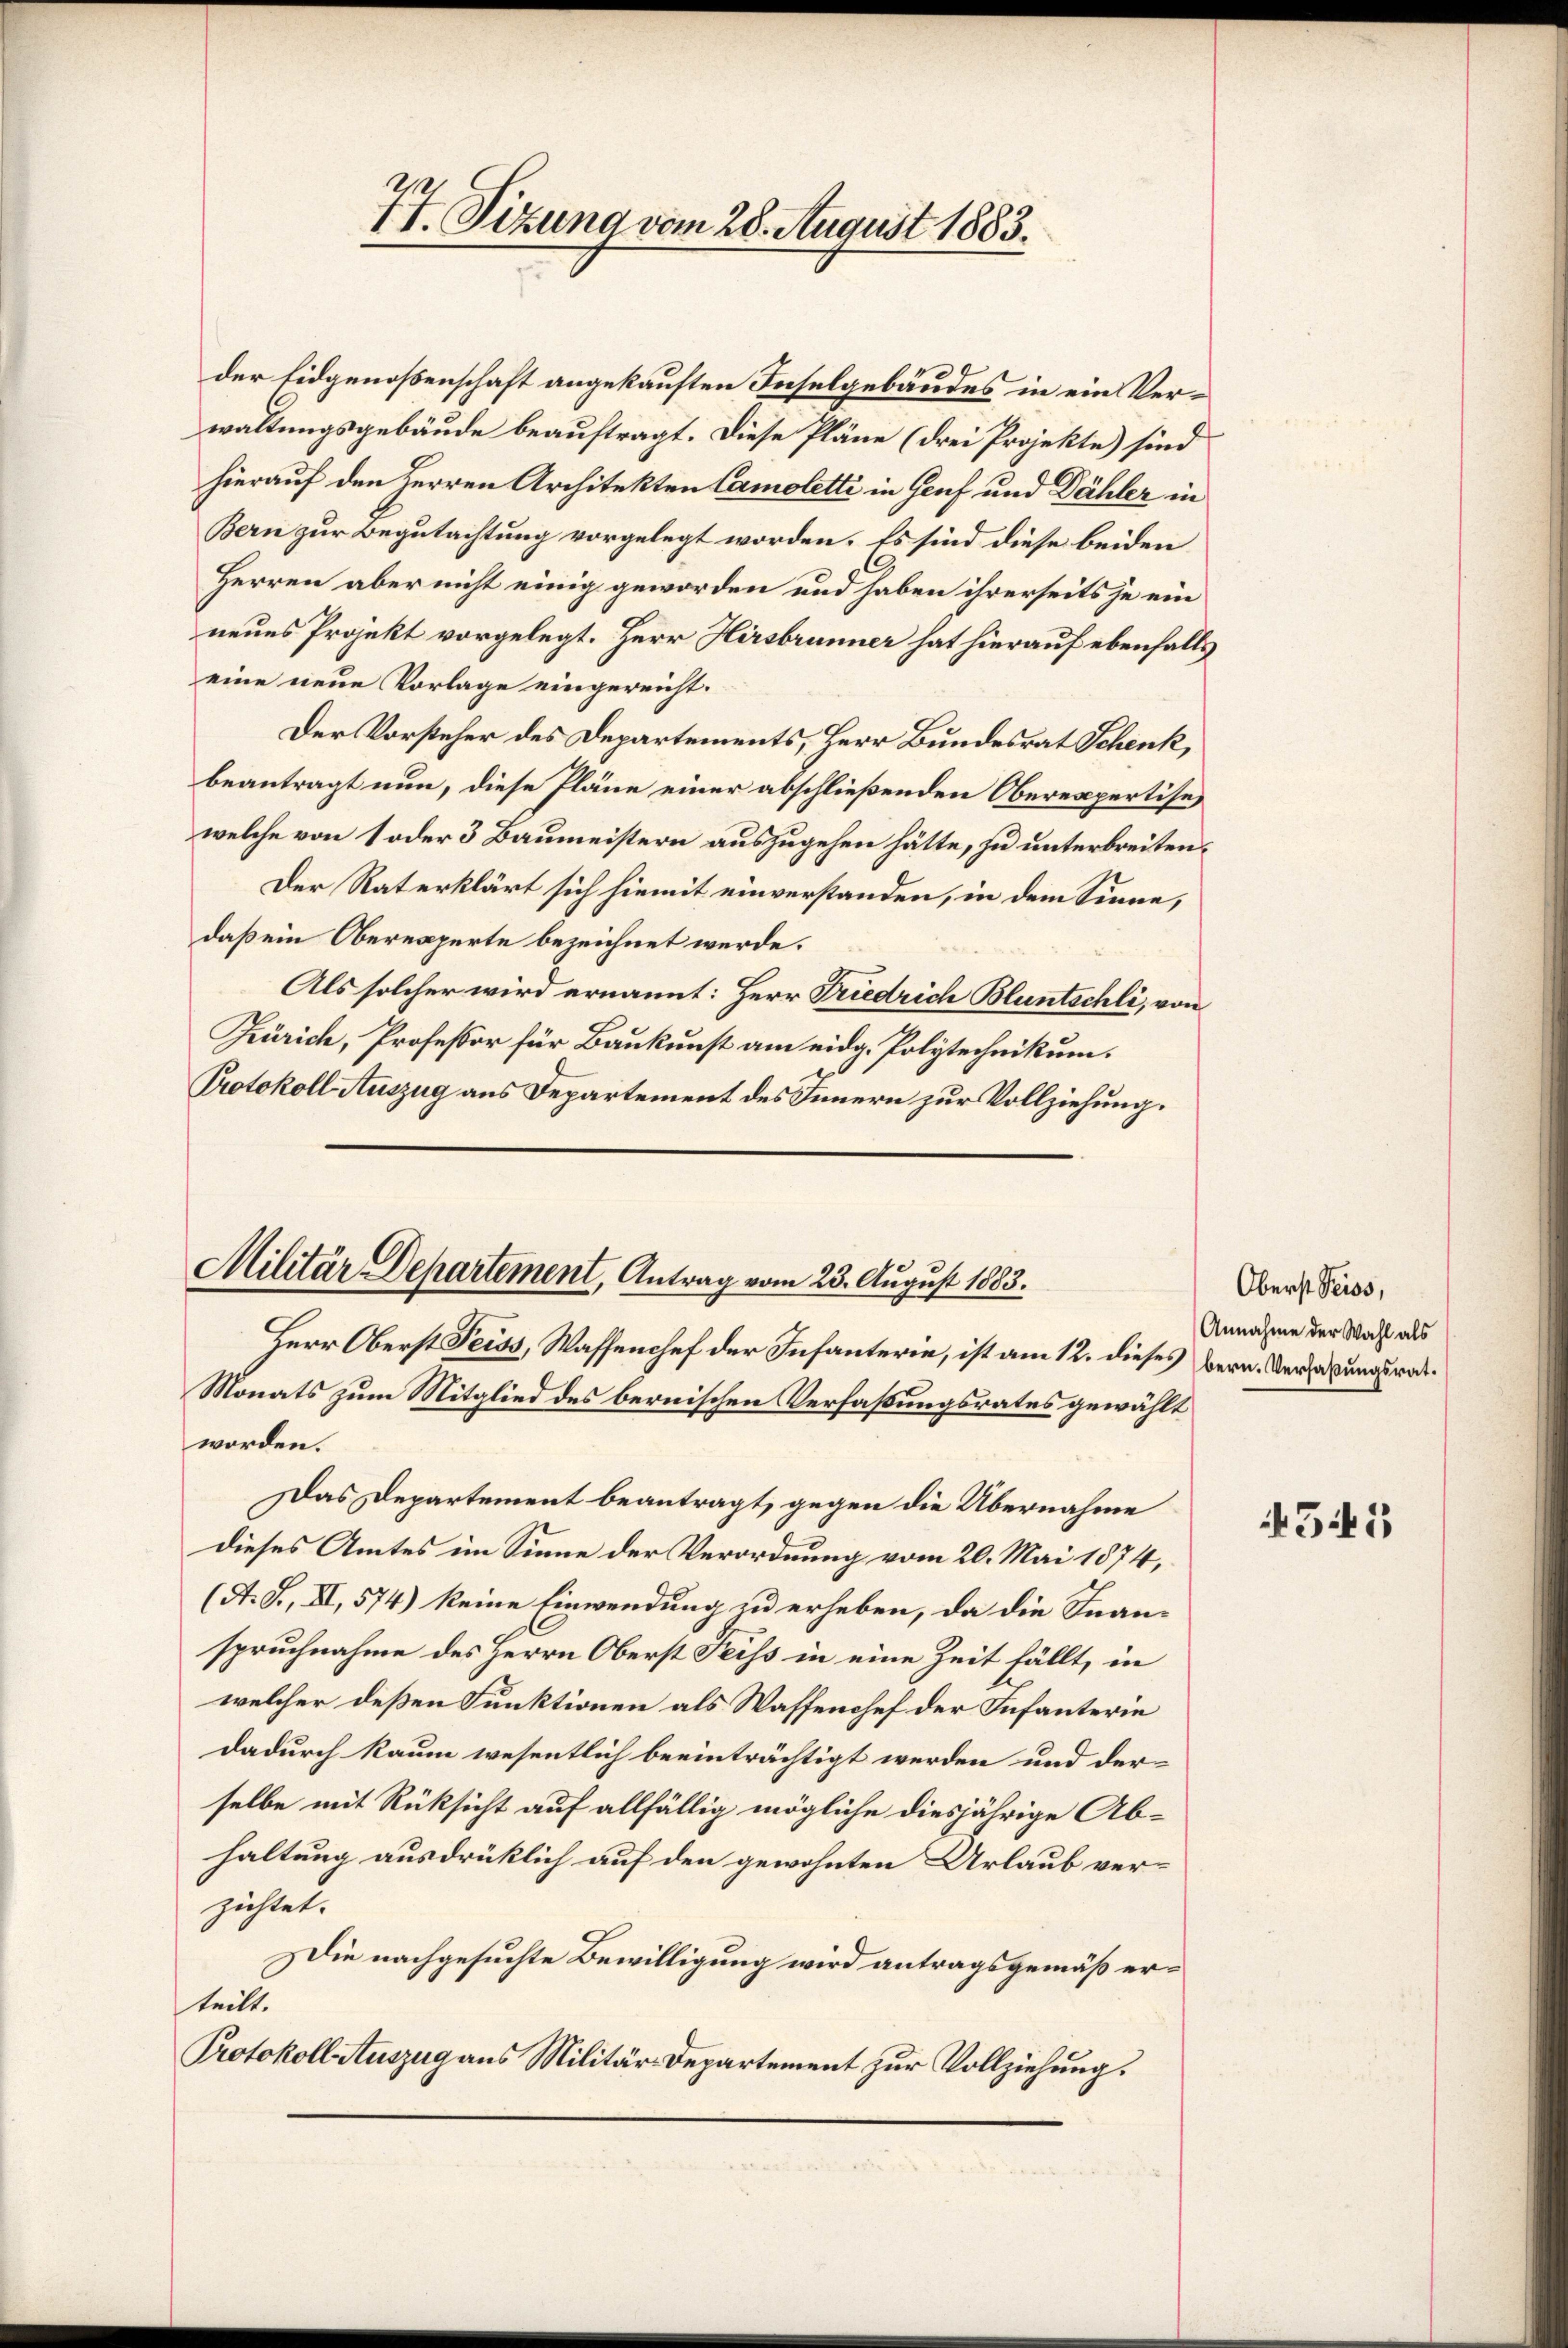
77. Sizung vom 28. August 1883.

der Eidgenoßenschaft angekauften Inselgebäudes in ein Verwaltungsgebäude beauftragt. Diese Pläne (drei Projekte) sind
hierauf den Herren Architekten Camoletti in Genf und Dähler in
Bern zur Begutachtung vorgelegt worden. Es sind diese beiden
C
Herren aber nicht einig geworden und haben ihrerseits je ein
neues Projekt vorgelegt. Herr Hirsbrunner hat hierauf ebenfalls
eine neue Vorlage eingereicht.
Der Vorsteher des Departements, Herr Bundesrat Schenk,
beantragt nun, diese Pläne einer abschließenden Oberexpertise,
welche von 1 oder 3 Baumeistern auszugehen hätte, zu unterbreiten.
Der Rat erklärt sich hiemit einverstanden, in dem Sinne,
daß ein Oberexperte bezeichnet werde.
Als solcher wird ernannt: Herr Friedrich Bluntschli, von
Zürich, Professor für Baukunst am eidg. Polytechnikum.
Protokoll Auszug aus Departement des Innern zur Vollziehung.

Militär Departement, Antrag vom 23. August 1883.
Herr Oberst Teiss, Wassenchef der Infanterie, ist am 12. dieses

Monats zum Mitglied des bernischen Verfaßungsrates gewählt
worden.
Das Departement beantragt, gegen die Übernahme
dieses Amtes im Sinne der Verordnung vom 20. Mai 1874,
(A. S., XI, 574) keine Einwendung zu erheben, da die Inan-
spruchnahme des Herrn Oberst Feiss in eine Zeit fällt, in
welcher deßen Funktionen als Waffenchef der Infanterie
dadurch kaum wesentlich beeinträchtigt werden und der
selbe mit Rüksicht auf allfällig mögliche diesjährige Ab-
haltung ausdrücklich auf den gewohnten Urlaub ver-
züchtete
ie nachgesuchte Bewilligung wird antragsgemäß erteilt.
Protokoll Auszug aus Militär-Departement zur Vollziehung.

Oberst Peiss,
Annahme der Wahl als
bern. Verfaßungsrat.

Giki